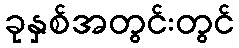
ခုနှစ်အတွင်းတွင်